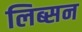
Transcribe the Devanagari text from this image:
लिब्सन